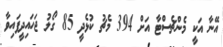
އޭނާ އަކީ މެންޗެސްޓާ އަށް 394 މެޗު ކުޅެދީ 85 ގޯލު ޖަހައިދީފައިވާ